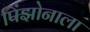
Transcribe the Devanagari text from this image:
पिंझोनाला